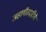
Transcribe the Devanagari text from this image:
जहागीरदारीचे